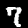
Digit: 7